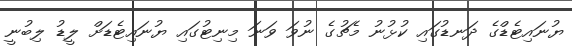
ޔުނައިޓެޑްގެ ދަނޑުގައި ކުޅުނު މެޗުގެ ނުވަ ވަނަ މިނިޓުގައި ޔުނައިޓެޑަށް ލީޑު ލިބުނީ